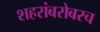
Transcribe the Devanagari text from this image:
शहरांबरोबरच